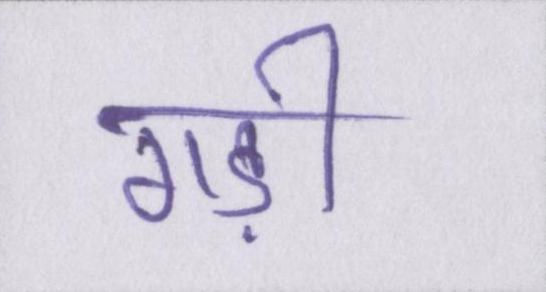
गड़ी